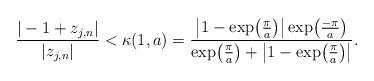
LaTeX: \begin{align*}\frac{|-1 + z_{j,n}|}{|z_{j,n}|} < \kappa(1,a) =\frac{\left|1 -\exp\bigl(\frac{\pi}{a}\bigr)\right|\exp\bigl(\frac{-\pi}{a}\bigr)}{\exp\bigl(\frac{\pi}{a}\bigr) +\left|1 -\exp\bigl(\frac{\pi}{a}\bigr)\right|} .\end{align*}